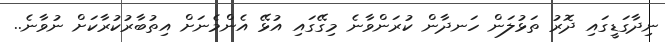
ނިދާގަޑީގައި ދޮރު ތަޅުލަން ހަނދާން ކުރަންވާނެ މިގޭގައި އުޅޭ އެންމެނަށް އިތުބާރުކުރާކަށް ނުވާނެ..